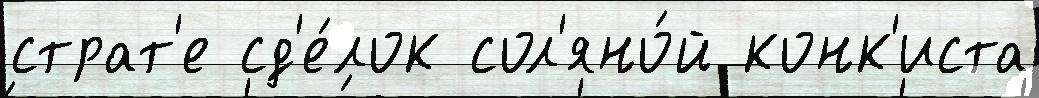
страт'е сд'е́лок сол'яно́й конк'иста